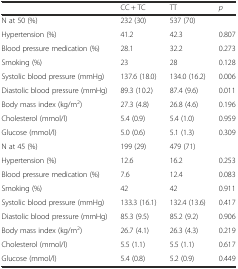
<table><thead><tr><td></td><td><b>CC + TC</b></td><td><b>TT</b></td><td><b><i>p</i></b></td></tr></thead><tbody><tr><td>N at 50 (%)</td><td>232 (30)</td><td>537 (70)</td><td></td></tr><tr><td>Hypertension (%)</td><td>41.2</td><td>42.3</td><td>0.807</td></tr><tr><td>Blood pressure medication (%)</td><td>28.1</td><td>32.2</td><td>0.273</td></tr><tr><td>Smoking (%)</td><td>23</td><td>28</td><td>0.128</td></tr><tr><td>Systolic blood pressure (mmHg)</td><td>137.6 (18.0)</td><td>134.0 (16.2)</td><td>0.006</td></tr><tr><td>Diastolic blood pressure (mmHg)</td><td>89.3 (10.2)</td><td>87.4 (9.6)</td><td>0.011</td></tr><tr><td>Body mass index (kg/m<sup>2</sup>)</td><td>27.3 (4.8)</td><td>26.8 (4.6)</td><td>0.196</td></tr><tr><td>Cholesterol (mmol/l)</td><td>5.4 (0.9)</td><td>5.4 (1.0)</td><td>0.959</td></tr><tr><td>Glucose (mmol/l)</td><td>5.0 (0.6)</td><td>5.1 (1.3)</td><td>0.309</td></tr><tr><td>N at 45 (%)</td><td>199 (29)</td><td>479 (71)</td><td></td></tr><tr><td>Hypertension (%)</td><td>12.6</td><td>16.2</td><td>0.253</td></tr><tr><td>Blood pressure medication (%)</td><td>7.6</td><td>12.4</td><td>0.083</td></tr><tr><td>Smoking (%)</td><td>42</td><td>42</td><td>0.911</td></tr><tr><td>Systolic blood pressure (mmHg)</td><td>133.3 (16.1)</td><td>132.4 (13.6)</td><td>0.417</td></tr><tr><td>Diastolic blood pressure (mmHg)</td><td>85.3 (9.5)</td><td>85.2 (9.2)</td><td>0.906</td></tr><tr><td>Body mass index (kg/m<sup>2</sup>)</td><td>26.7 (4.1)</td><td>26.3 (4.3)</td><td>0.219</td></tr><tr><td>Cholesterol (mmol/l)</td><td>5.5 (1.1)</td><td>5.5 (1.1)</td><td>0.617</td></tr><tr><td>Glucose (mmol/l)</td><td>5.4 (0.8)</td><td>5.2 (0.9)</td><td>0.449</td></tr></tbody></table>